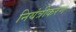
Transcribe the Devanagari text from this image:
नियंत्रीकरण